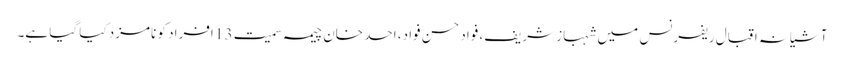
آشیانہ اقبال ریفرنس میں شہباز شریف، فواد حسن فواد، احد خان چیمہ سمیت 13 افراد کو نامزد کیا گیا ہے۔